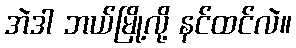
အဲဒါ ဘယ်မြို့လို့ နင်ထင်လဲ။